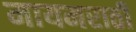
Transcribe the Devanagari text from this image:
मायमराठी